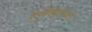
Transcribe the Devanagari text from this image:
रेल्वेमंत्र्याला